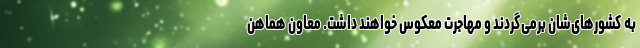
به کشورهای‌شان برمی‌گردند و مهاجرت معکوس خواهند داشت. معاون هماهن